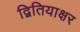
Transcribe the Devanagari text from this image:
द्वितियाक्षर